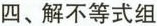
四、解不等式组